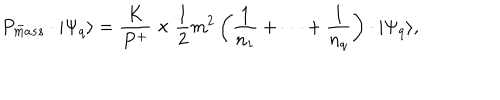
P _ { m a s s } ^ { - } \cdot \vert \Psi _ { q } \rangle = \frac { K } { P ^ { + } } \times \frac { 1 } { 2 } m ^ { 2 } \left( \frac { 1 } { n _ { 1 } } + \cdots + \frac { 1 } { n _ { q } } \right) \cdot \vert \Psi _ { q } \rangle ,